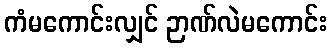
ကံမကောင်းလျှင် ဉာဏ်လဲမကောင်း